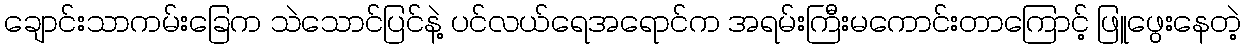
ချောင်းသာကမ်းခြေက သဲသောင်ပြင်နဲ့ ပင်လယ်ရေအရောင်က အရမ်းကြီးမကောင်းတာကြောင့် ဖြူဖွေးနေတဲ့